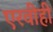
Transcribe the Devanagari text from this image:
एरवीही